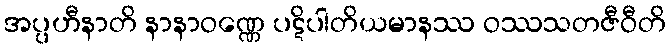
အပ္ပဟီနာတိ နာနာဝဏ္ဏေ ပဋိပါတိယမာနဿ ဝဿသတဇီဝီတိ